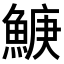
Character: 𬵛